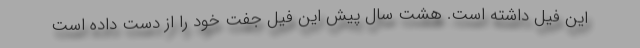
این فیل داشته است. هشت سال پیش این فیل جفت خود را از دست داده است